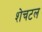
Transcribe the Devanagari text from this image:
शेचटल